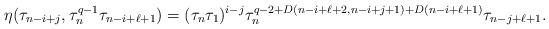
LaTeX: \begin{align*} \eta(\tau_{n-i+j}, \tau_n^{q-1}\tau_{n-i+\ell+1})=(\tau_n \tau_1)^{i-j} \tau_n^{q-2+D(n-i+\ell+2, n-i+j+1)+D(n-i+\ell+1)} \tau_{n-j+\ell+1}.\end{align*}